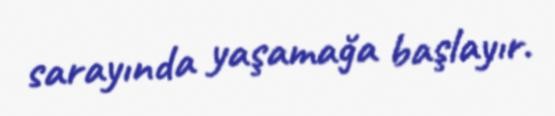
sarayında yaşamağa başlayır.